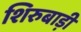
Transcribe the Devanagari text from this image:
शिरुबाड़ी